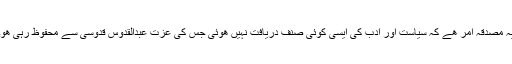
یہ مصدقہ امر ھے کہ سیاست اور ادب کی ایسی کوئی صنف دریافت نہیں ھوئی جس کی عزت عبدالقدوس قدوسی سے محفوظ رہی ھو۔